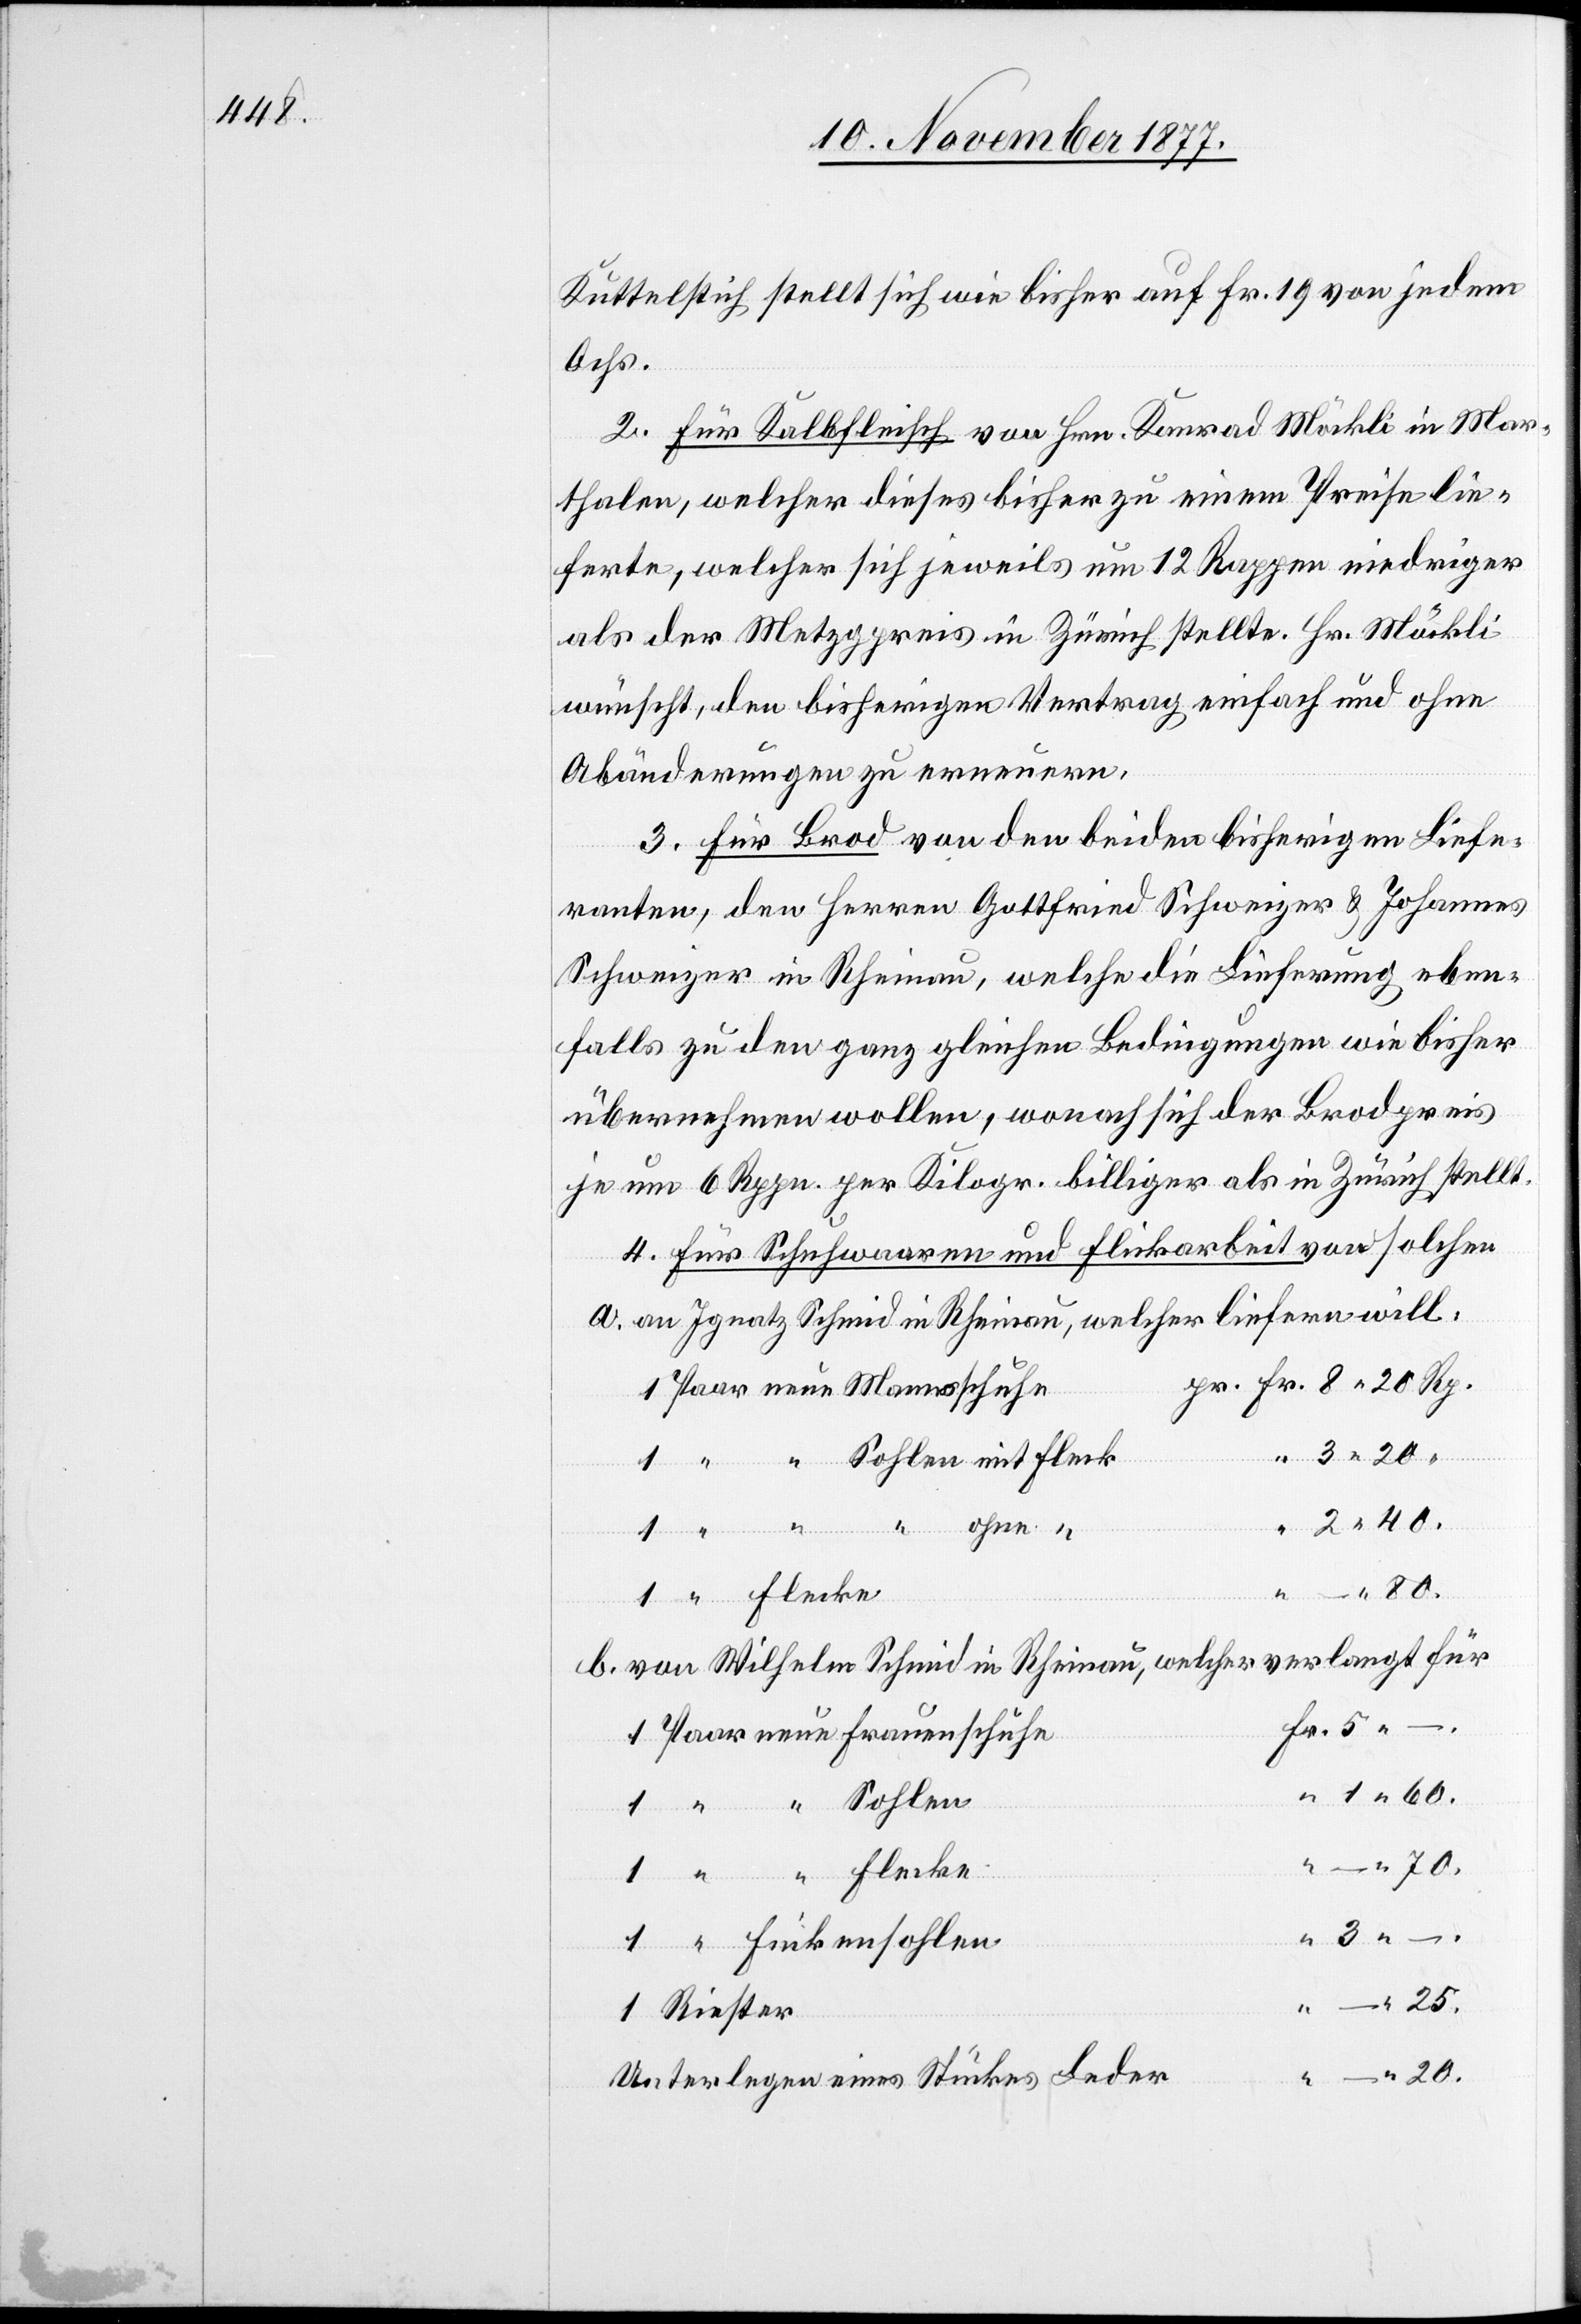
Kuttelstich stellt sich wie bisher auf Fr. 19 von jedem
Ochs.
2. Für Kalbfleisch von Hrn. Konrad Möckli in Mar¬
thalen, welcher dieses bisher zu einem Preise lie¬
ferte, welcher sich jeweils um 12 Rappen niedriger
als der Metzgpreis in Zürich stellte. Hr. Möckli
wünscht, den bisherigen Vertrag einfach und ohne
Abänderungen zu erneuern.
3. Für Brod von den beiden bisherigen Liefe¬
ranten, den Herren Gottfried Schweizer & Johannes
Schweizer in Rheinau, welche die Lieferung eben¬
falls zu den ganz gleichen Bedingungen wie bisher
übernehmen wollen, wonach sich der Brodpreis
je um 6 Rppn. per Kilogr. billiger als in Zürich stellt.
4. Für Schuhwaaren und Flickarbeit von solchen
an Ignatz Schmid in Rheinau, welcher liefern will:
Fr. 8 20 Rp.
1 Paar neue Mannsschuhe
1 “ “ Sohlen mit Fleck
– 20.
25.
– 80.
b.
“
von Wilhelm Schmid in Rheinau, welcher verlangt für
Fr. 5 –
1 Paar neue Frauenschuhe
“ 1 60.
1 “ “ Sohlen
“ – 70.
1 “ “ Flecke
“ 3 –
1 “ Finkensohlen
1 Riester
Unterlegen eines Stückes Leder